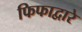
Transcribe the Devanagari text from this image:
फिफाद्वारे